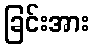
ခြင်းအား